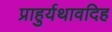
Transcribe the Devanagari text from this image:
प्राहुर्यथावदिह